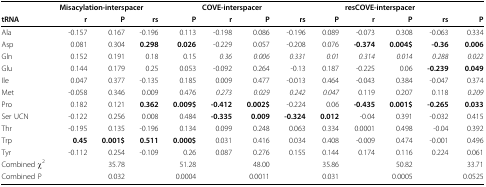
<table><thead><tr><td></td><td colspan="4"><b>Misacylation-interspacer</b></td><td colspan="4"><b>COVE-interspacer</b></td><td colspan="4"><b>resCOVE-interspacer</b></td></tr><tr><td><b>tRNA</b></td><td><b>r</b></td><td><b>P</b></td><td><b>rs</b></td><td><b>P</b></td><td><b>r</b></td><td><b>P</b></td><td><b>rs</b></td><td><b>P</b></td><td><b>r</b></td><td><b>P</b></td><td><b>rs</b></td><td><b>P</b></td></tr></thead><tbody><tr><td>Ala</td><td>-0.157</td><td>0.167</td><td>-0.196</td><td>0.113</td><td>-0.198</td><td>0.086</td><td>-0.196</td><td>0.089</td><td>-0.073</td><td>0.308</td><td>-0.063</td><td>0.334</td></tr><tr><td>Asp</td><td>0.081</td><td>0.304</td><td><b>0.298</b></td><td><b>0.026</b></td><td>-0.229</td><td>0.057</td><td>-0.208</td><td>0.076</td><td><b>-0.374</b></td><td><b>0.004$</b></td><td><b>-0.36</b></td><td><b>0.006</b></td></tr><tr><td>Gln</td><td>0.152</td><td>0.191</td><td>0.18</td><td>0.15</td><td><i>0.36</i></td><td><i>0.006</i></td><td><i>0.331</i></td><td><i>0.01</i></td><td><i>0.314</i></td><td><i>0.014</i></td><td><i>0.288</i></td><td><i>0.022</i></td></tr><tr><td>Glu</td><td>0.144</td><td>0.179</td><td>0.25</td><td>0.053</td><td>-0.092</td><td>0.264</td><td>-0.13</td><td>0.187</td><td>-0.225</td><td>0.06</td><td><b>-0.239</b></td><td><b>0.049</b></td></tr><tr><td>Ile</td><td>0.047</td><td>0.377</td><td>-0.135</td><td>0.185</td><td>0.009</td><td>0.477</td><td>-0.013</td><td>0.464</td><td>-0.043</td><td>0.384</td><td>-0.047</td><td>0.374</td></tr><tr><td>Met</td><td>-0.058</td><td>0.346</td><td>0.009</td><td>0.476</td><td><i>0.273</i></td><td><i>0.029</i></td><td><i>0.242</i></td><td><i>0.047</i></td><td>0.119</td><td>0.207</td><td>0.118</td><td><i>0.209</i></td></tr><tr><td>Pro</td><td>0.182</td><td>0.121</td><td><b>0.362</b></td><td><b>0.009$</b></td><td><b>-0.412</b></td><td><b>0.002$</b></td><td>-0.224</td><td>0.06</td><td><b>-0.435</b></td><td><b>0.001$</b></td><td><b>-0.265</b></td><td><b>0.033</b></td></tr><tr><td>Ser UCN</td><td>-0.122</td><td>0.256</td><td>0.008</td><td>0.484</td><td><b>-0.335</b></td><td><b>0.009</b></td><td><b>-0.324</b></td><td><b>0.012</b></td><td>-0.04</td><td>0.391</td><td>-0.032</td><td>0.415</td></tr><tr><td>Thr</td><td>-0.195</td><td>0.135</td><td>-0.196</td><td>0.134</td><td>0.099</td><td>0.248</td><td>0.063</td><td>0.334</td><td>0.0001</td><td>0.498</td><td>-0.04</td><td>0.392</td></tr><tr><td>Trp</td><td><b>0.45</b></td><td><b>0.001$</b></td><td><b>0.511</b></td><td><b>0.000$</b></td><td>0.031</td><td>0.416</td><td>0.034</td><td>0.408</td><td>-0.009</td><td>0.474</td><td>-0.001</td><td>0.496</td></tr><tr><td>Tyr</td><td>-0.112</td><td>0.254</td><td>-0.109</td><td>0.26</td><td>0.087</td><td>0.276</td><td>0.155</td><td>0.144</td><td>0.174</td><td>0.116</td><td>0.224</td><td>0.061</td></tr><tr><td>Combined χ<sup>2</sup></td><td></td><td>35.78</td><td></td><td>51.28</td><td></td><td>48.00</td><td></td><td>35.86</td><td></td><td>50.82</td><td></td><td>33.71</td></tr><tr><td>Combined P</td><td></td><td>0.032</td><td></td><td>0.0004</td><td></td><td>0.0011</td><td></td><td>0.031</td><td></td><td>0.0005</td><td></td><td>0.0525</td></tr></tbody></table>